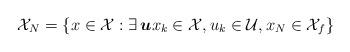
LaTeX: \begin{align*} \mathcal{X}_N=\{x \in \mathcal{X}: \exists\, \boldsymbol{u} x_k \in \mathcal{X}, u_k\in \mathcal{U}, x_N \in \mathcal{X}_f\} \end{align*}